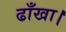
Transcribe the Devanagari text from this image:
ढाँखा।